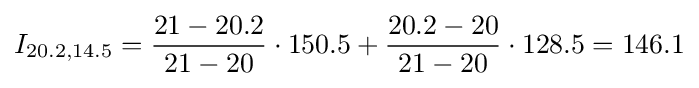
I_{20.2,14.5}={\frac {21-20.2}{21-20}}\cdot 150.5+{\frac {20.2-20}{21-20}}\cdot 128.5=146.1